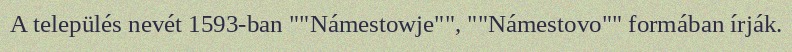
A település nevét 1593-ban ""Námestowje"", ""Námestovo"" formában írják.